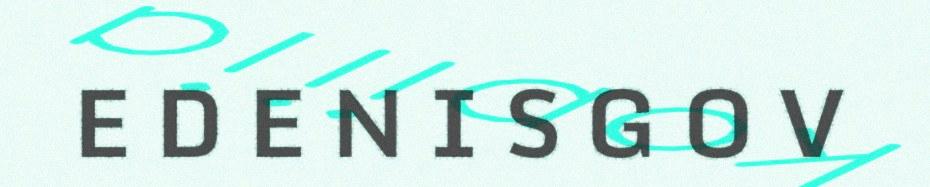
E D E N I S G O V